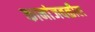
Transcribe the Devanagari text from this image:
कानांजवळील